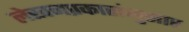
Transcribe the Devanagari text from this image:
लेखनप्रकारांनुसार